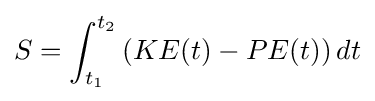
S=\int _{t_{1}}^{t_{2}}\left(KE(t)-PE(t)\right)dt